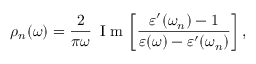
\rho _ { n } ( \omega ) = \frac { 2 } { \pi \omega } \, \mathrm { ~ I ~ m ~ } \! \left[ \frac { \varepsilon ^ { \prime } ( \omega _ { n } ) - 1 } { \varepsilon ( \omega ) - \varepsilon ^ { \prime } ( \omega _ { n } ) } \right] ,